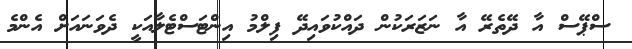
ސްޕޭސް އާ ދޭތެރޭ އާ ނަޒަރަކުން ދައްކުވައިދޭ ފިލްމު އިންޓަސްޓެލާއަކީ ދެވަނައަށް އެންމެ